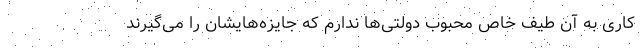
کاری به آن طیف خاص محبوب دولتی‌ها ندارم که جایزه‌هایشان را می‌گیرند